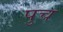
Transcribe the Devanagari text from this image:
पुच